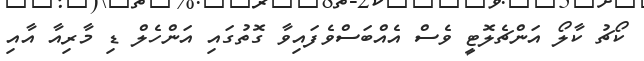
ކޯޗު ކާލޯ އަންޗެލޮޓީ ވެސް އެއްބަސްވެފައިވާ ގޮތުގައި އަންހެލް ޑި މާރިއާ އާއި